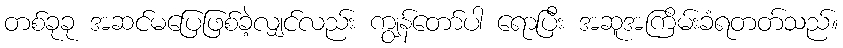
တစ်ခုခု အဆင်မပြေဖြစ်ခဲ့လျှင်လည်း ကျွန်တော်ပါ ရောပြီး အဆူအကြိမ်းခံရတတ်သည်။